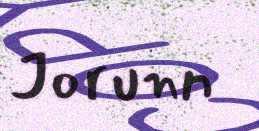
Jorunn